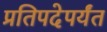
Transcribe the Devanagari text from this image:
प्रतिपदेपर्यंत